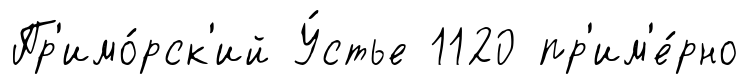
Пр'имо́рск'ий У́стье 1120 пр'им'е́рно